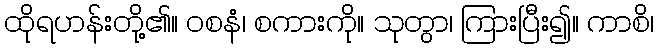
ထိုရဟန်းတို့၏။ ဝစနံ၊ စကားကို။ သုတွာ၊ ကြားပြီး၍။ ကာစိ၊